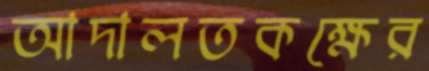
আদালতকক্ষের